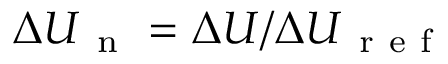
{ \Delta U } _ { \mathrm { ~ n ~ } } = \Delta U / { \Delta U } _ { \mathrm { ~ r ~ e ~ f ~ } }